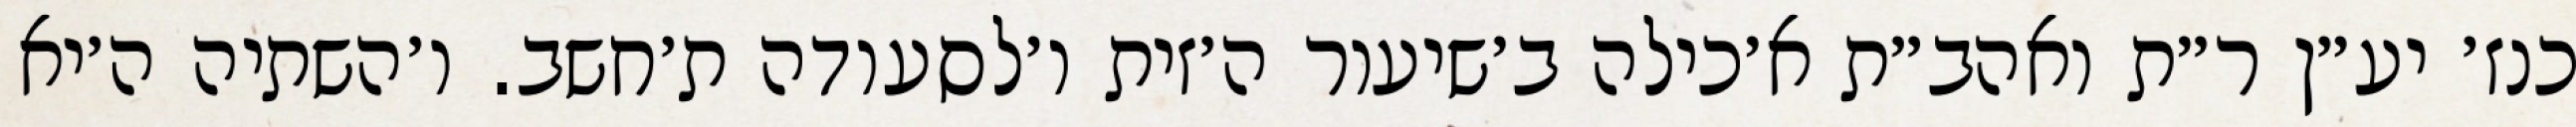
כנז׳ יע״ן ר״ת ואהב״ת א׳כילה ב׳שיעור ה׳זית ו׳לסעודה ת׳חשב. ו׳השתיה ה׳יא